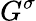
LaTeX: G^{\sigma}